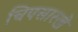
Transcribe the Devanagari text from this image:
चिपसारखे